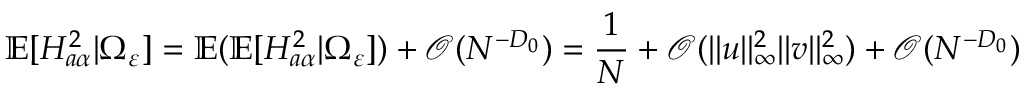
\mathbb { E } [ H _ { a \alpha } ^ { 2 } | \Omega _ { \varepsilon } ] = \mathbb { E } ( \mathbb { E } [ H _ { a \alpha } ^ { 2 } | \Omega _ { \varepsilon } ] ) + { \mathcal O } ( N ^ { - D _ { 0 } } ) = \frac 1 { N } + { \mathcal O } ( \| { \boldsymbol u } \| _ { \infty } ^ { 2 } \| { \boldsymbol v } \| _ { \infty } ^ { 2 } ) + { \mathcal O } ( N ^ { - D _ { 0 } } )